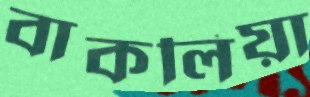
বাকলিয়া